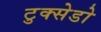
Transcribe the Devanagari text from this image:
टुक्सेडो